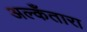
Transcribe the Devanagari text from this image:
अल्कँतारा